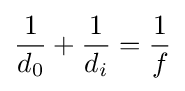
{\frac {1}{d_{0}}}+{\frac {1}{d_{i}}}={\frac {1}{f}}